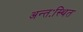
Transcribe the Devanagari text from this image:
अन्तःस्थित